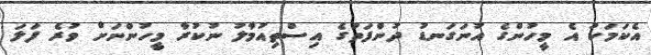
އެކަމަކު އެ މީހުންގެ އުނަގަނޑު ދުންފަތުގެ އިސްތިއުމާލު ނުކުރާ މީހުންނަށް ވުރެ ފަލަ